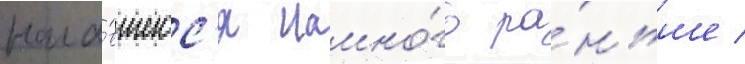
нача́вшегос'я намно́го ра́ньше /